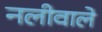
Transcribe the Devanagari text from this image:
नलीवाले